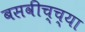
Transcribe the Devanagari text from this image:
बसवीच्च्या